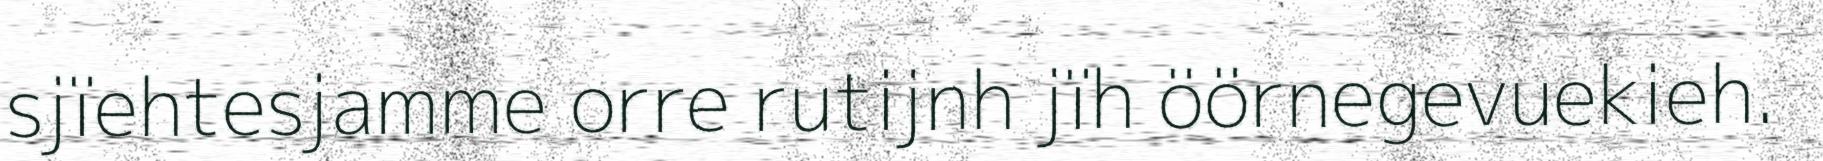
sjïehtesjamme orre rutijnh jïh öörnegevuekieh.